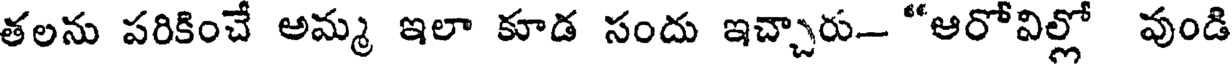
తలను పరికించే అమ్మ ఇలా కూడ సందు ఇచ్చారు- "ఆరోవిల్లో వుండి